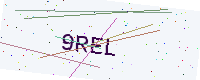
Text: 9REL